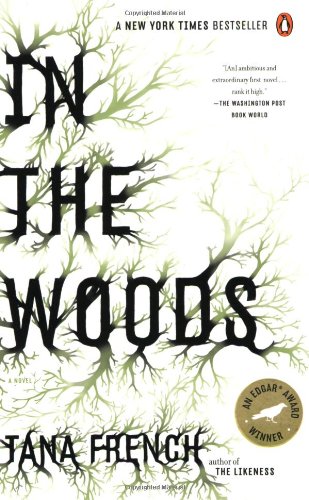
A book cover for In the Woods; Tana French; Mystery, Thriller & Suspense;